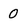
Character: 0